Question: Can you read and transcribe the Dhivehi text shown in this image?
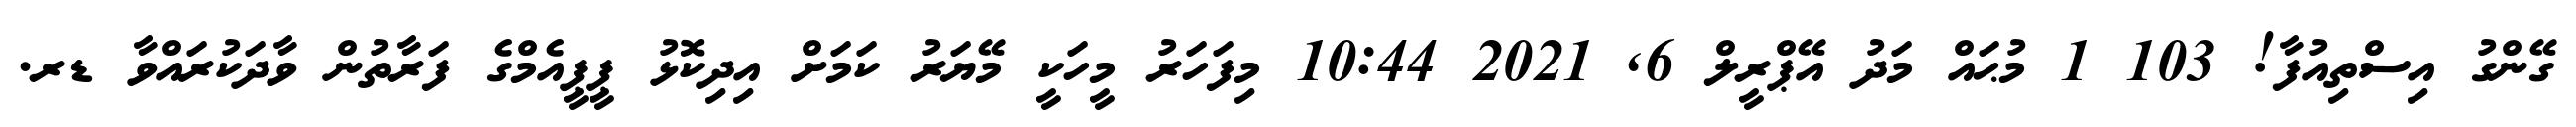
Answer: ގޭންގު އިސްތިއުފާ! 103 1 މުޙައް މަދު އޭޕްރީލް 6, 2021 10:44 މިފަހަރު މީހަކީ މޭޔަރު ކަމަށް އިދިކޮޅު ޕީޕީއެމްގެ ފަރާތުން ވާދަކުރައްވާ ޑރ.